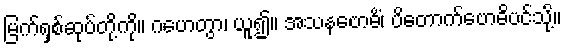
မြက်ရှစ်ဆုပ်တို့ကို။ ဂဟေတွာ၊ ယူ၍။ အသနဗောဓိံ၊ ပိတောက်ဗောဓိပင်သို့။